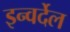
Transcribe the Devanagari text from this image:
इन्वर्देल